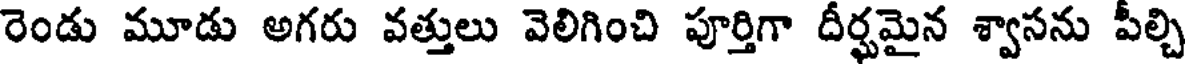
రెండు మూడు అగరు వత్తులు వెలిగించి పూర్తిగా దీర్ఘమైన శ్వాసను పీల్చి